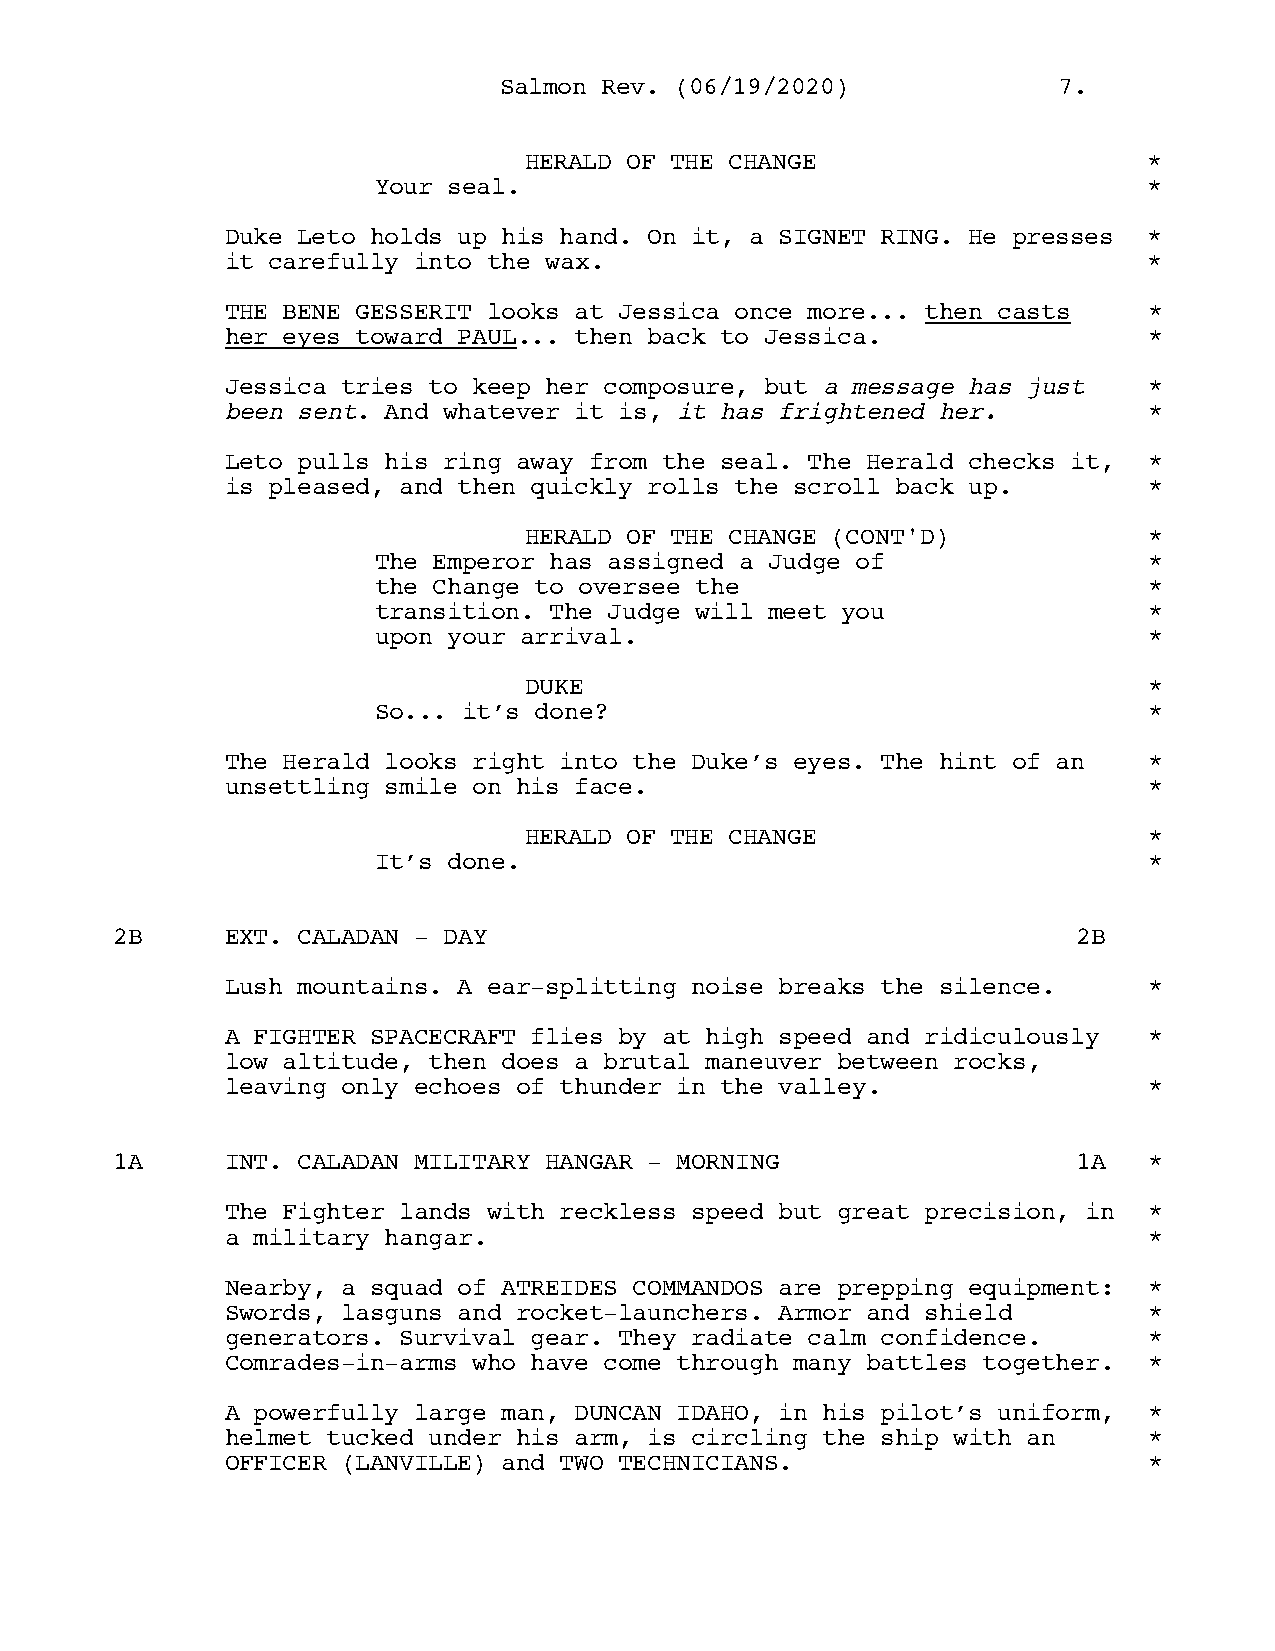
SSaallmmoonn RReevv.. ((0066//1199//22002200)) 77..
 HERALD OF THE CHANGE                     *
 Your seal.                                         *
 Duke Leto holds up his hand. On it, a SIGNET RING. He presses *
 it carefully into the wax.                                   *
 THE BENE GESSERIT looks at Jessica once more... then casts   *
 her eyes toward PAUL... then back to Jessica.                *
 Jessica tries to keep her composure, but a message has just  *
 been sent. And whatever it is, it has frightened her.        *
 Leto pulls his ring away from the seal. The Herald checks it, *
 is pleased, and then quickly rolls the scroll back up.       *
 HERALD OF THE CHANGE (CONT'D)            *
 The Emperor has assigned a Judge of                *
 the Change to oversee the                          *
 transition. The Judge will meet you                *
 upon your arrival.                                 *
 DUKE                                     *
 So... it’s done?                                   *
 The Herald looks right into the Duke’s eyes. The hint of an  *
 unsettling smile on his face.                                *
 HERALD OF THE CHANGE                     *
 It’s done.                                         *
 2B      EXT. CALADAN - DAY                                      2B
 Lush mountains. A ear-splitting noise breaks the silence.    *
 A FIGHTER SPACECRAFT flies by at high speed and ridiculously *
 low altitude, then does a brutal maneuver between rocks,
 leaving only echoes of thunder in the valley.                *
 1A      INT. CALADAN MILITARY HANGAR - MORNING                  1A   *
 The Fighter lands with reckless speed but great precision, in *
 a military hangar.                                           *
 Nearby, a squad of ATREIDES COMMANDOS are prepping equipment: *
 Swords, lasguns and rocket-launchers. Armor and shield       *
 generators. Survival gear. They radiate calm confidence.     *
 Comrades-in-arms who have come through many battles together. *
 A powerfully large man, DUNCAN IDAHO, in his pilot’s uniform, *
 helmet tucked under his arm, is circling the ship with an    *
 OFFICER (LANVILLE) and TWO TECHNICIANS.                      *